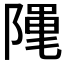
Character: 𮥖